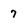
Character: 7